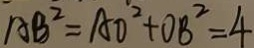
A B ^ { 2 } = A D ^ { 2 } + O B ^ { 2 } = 4